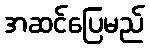
အဆင်ပြေမည်